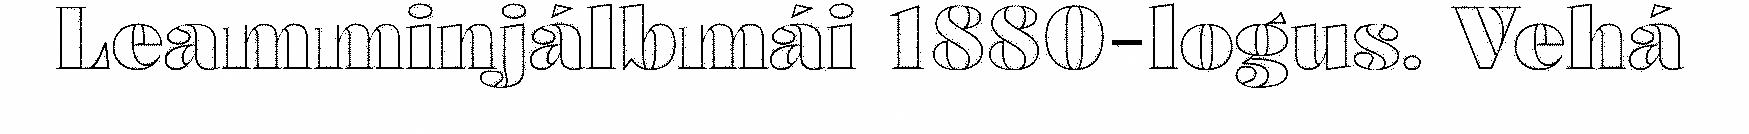
Leamminjálbmái 1880-logus. Vehá